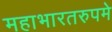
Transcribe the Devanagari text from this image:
महाभारतरुपमे